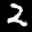
Label: 2